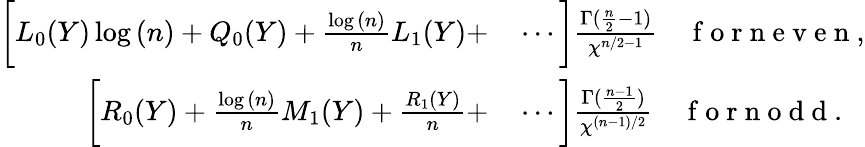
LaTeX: \begin{array}{rl}{\bigg[L_{0}(Y)\log{(n)}+Q_{0}(Y)+\frac{\log{(n)}}{n}L_{1}(Y)+}&{{}\cdots\bigg]\frac{\Gamma(\frac{n}{2}-1)}{\chi^{n/2-1}}\quad\mathrm{~f~o~r~n~e~v~e~n~},}\\ {\bigg[R_{0}(Y)+\frac{\log{(n)}}{n}M_{1}(Y)+\frac{R_{1}(Y)}{n}+}&{{}\cdots\bigg]\frac{\Gamma(\frac{n-1}{2})}{\chi^{(n-1)/2}}\quad\mathrm{~f~o~r~n~o~d~d~}.}\end{array}